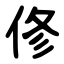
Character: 俢